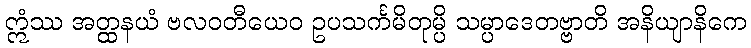
ဣံဿ အတ္ထနယံ ဗလဝတီယေဝ ဥပသင်္ကမိတုမ္ပိ သမ္ပာဒေတဗ္ဗာတိ အနိယျာနိကေ